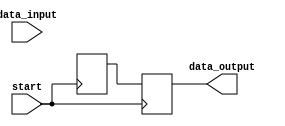
module task_generator (
    input wire start,
    input wire [7:0] data_input,
    output reg [7:0] data_output
    );

    // Defining task using a Verilog task
    task generate_task;
        input [7:0] input_data; // Input data for the task
        output reg [7:0] output_data; // Output data for the task
        
        // Sequence of operations within the task
        begin
            // Perform operations on input data
            if (input_data >= 0) begin
                output_data <= input_data + 1;
            end else begin
                output_data <= input_data - 1;
            end
        end
    endtask

    // Task execution triggered by 'start' signal
    always @(posedge start) begin
        // Execute the defined task
        generate_task(data_input, data_output);
    end

endmodule